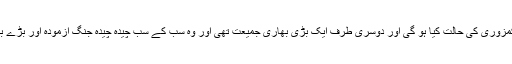
اس سے زیادہ کمزوری کی حالت کیا ہو گی اور دوسری طرف ایک بڑی بھاری جمیعت تھی اور وہ سب کے سب چیدہ چیدہ جنگ آزمودہ اور بڑے بڑے جوان تھے۔